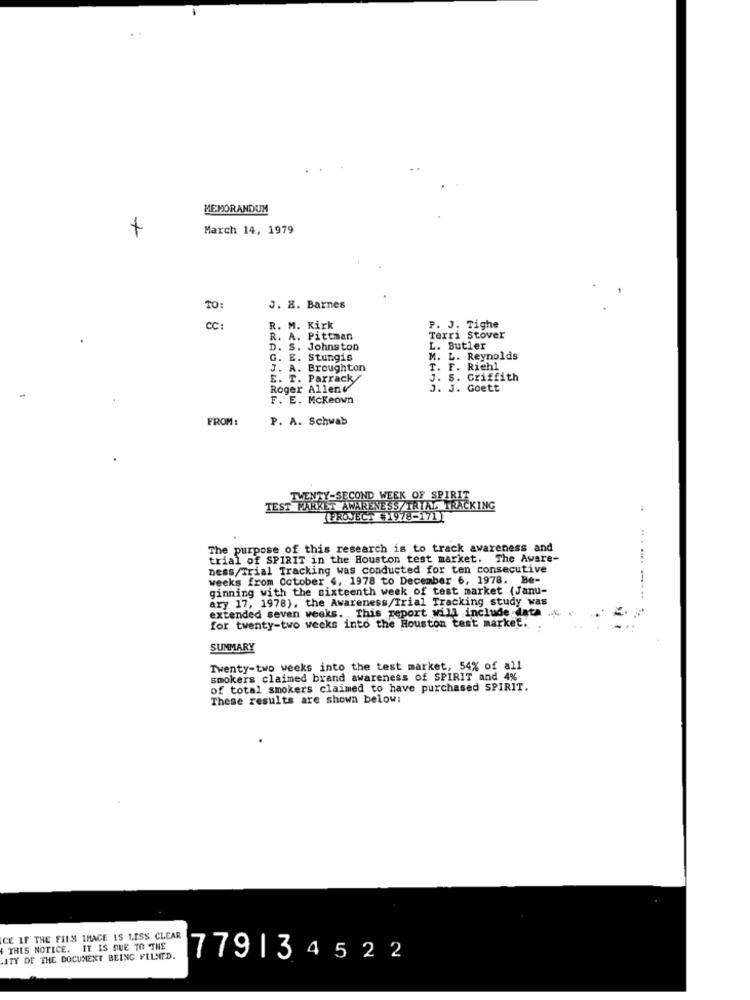
MEMORANDUM
+
March 14, 1979
TO:
J. H. Barnes
cc:
R. M. Kirk
P. J. Tighe
R. A. Pittman
Terri Stover
D. S. Johnston
L. Butler
G. E. Stungis
M. L. Reynolds
J. A. Broughton
T. F. Riehl
E. T. Parrack/
J. S. Griffith
Roger Allenv
J. J. Goett
F. E. Mckeown
FROM :
P. A. Schwab
TWENTY-SECOND WEEK OF SPIRIT
TEST MARKET AWARENESS/TRIAL TRACKING
(PROJECT #1978-171)
The purpose of this research is to track awareness and
trial of SPIRIT in the Houston test market. The Aware-
ness/Trial Tracking was conducted for ten consecutive
weeks from October 4, 1978 to December 6, 1978. Be-
ginning with the sixteenth week of test market (Janu-
ary 17, 1978). the Awareness/Trial Tracking study was
extended seven weeks. This report will include data .....
for twenty-two weeks into the Houston test market.
SUMMARY
Twenty-two weeks into the test market, 54% of all
smokers claimed brand awareness of SPIRIT and 4%
of total smokers claimed to have purchased SPIRIT.
These results are shown below:
CE IF THE FILM IMAGE IS LESS CLEAR
THIS NOTICE. IT IS DUE TO THE
ITY OF THE DOCUMENT BEING FILMED.
779134522